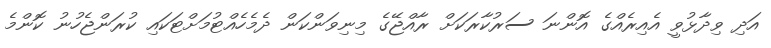
އަދި ވިދާޅުވީ އެއިރެއްގެ އޮންނަ ސަރުކާރަކަށް ރާއްޖޭގެ މިނިވަންކަން ދެމެހެއްޓުމަށްޓަކައި ކުރަންޖެހުނު ކޮންމެ